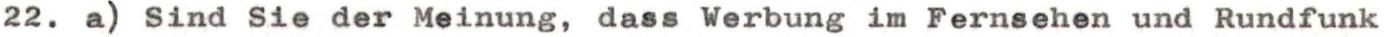
22. a) Sind Sie der Meinung, dass Werbung im Fernsehen und Rundfunk